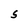
Character: S